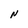
Character: N